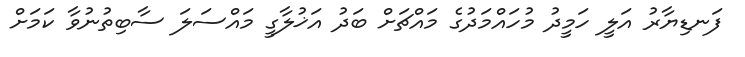
ފަނޑިޔާރު އަލީ ހަމީދު މުހައްމަދުގެ މައްޗަށް ބަދު އަޚުލާގީ މައްސަލަ ސާބިތުނުވާ ކަމަށް